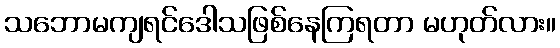
သဘောမကျရင်ဒေါသဖြစ်နေကြရတာ မဟုတ်လား။